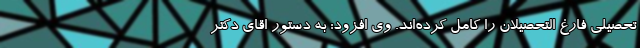
تحصیلی فارغ التحصیلان را کامل کرده‌اند. وی افزود: به دستور اقای دکتر